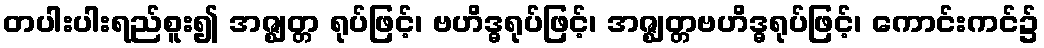
တပါးပါးရည်စူး၍ အဇ္ဈတ္တ ရုပ်ဖြင့်၊ ဗဟိဒ္ဓရုပ်ဖြင့်၊ အဇ္ဈတ္တဗဟိဒ္ဓရုပ်ဖြင့်၊ ကောင်းကင်၌